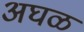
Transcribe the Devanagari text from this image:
अघळ